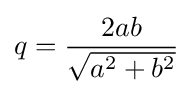
q={\frac {2ab}{\sqrt {a^{2}+b^{2}}}}